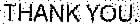
THANK YOU.